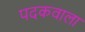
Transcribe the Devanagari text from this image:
पदकवाला